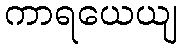
ကာရယေယျ